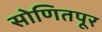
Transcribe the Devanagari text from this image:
सोणितपूर